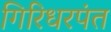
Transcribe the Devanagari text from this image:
गिरिधरपंत